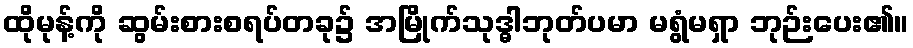
ထိုမုန့်ကို ဆွမ်းစားစရပ်တခု၌ အမြိုက်သုဒ္ဓါဘုတ်ပမာ မရွံမရှာ ဘုဉ်းပေး၏။